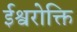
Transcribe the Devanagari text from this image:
ईश्वरोक्ति